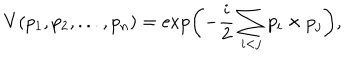
LaTeX: V ( p _ { 1 } , p _ { 2 } , . . . , p _ { n } ) = \exp \biggl ( - \frac { i } { 2 } \sum _ { i < j } p _ { i } \times p _ { j } \biggr ) ,